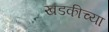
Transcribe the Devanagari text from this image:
खडकीच्या